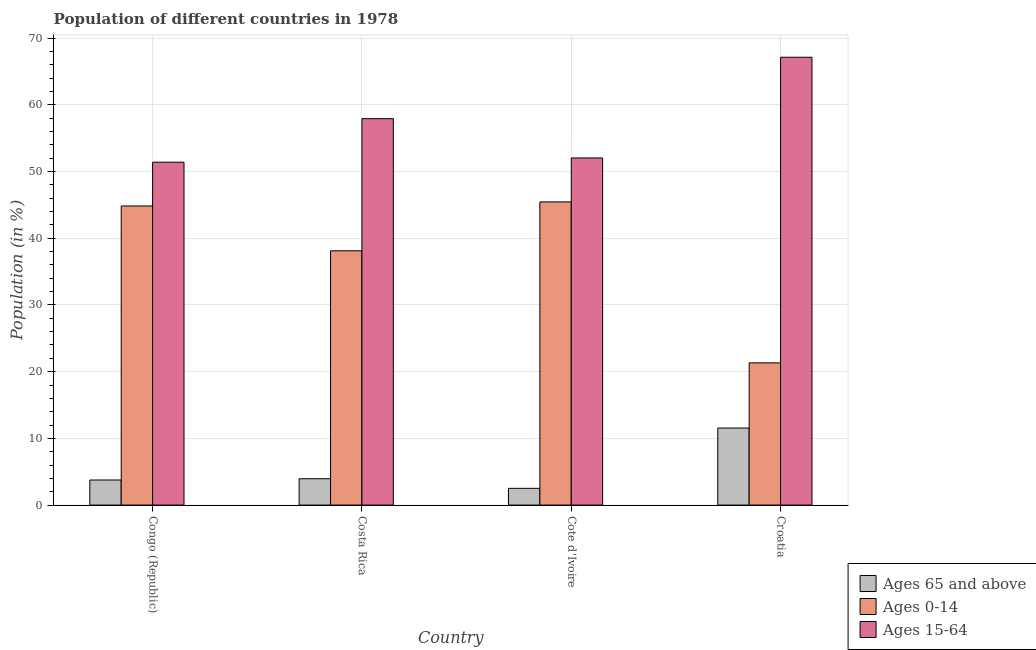
| Country | Ages 65 and above | Ages 0-14 | Ages 15-64 |
 | --- | --- | --- | --- |
 | Congo (Republic) | 3.76 | 44.8 | 51.4 |
 | Costa Rica | 3.95 | 38.1 | 57.9 |
 | Cote d'Ivoire | 2.51 | 45.5 | 52 |
 | Croatia | 11.5 | 21.3 | 67.1 |